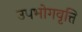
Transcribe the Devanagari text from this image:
उपभोगवृत्ति